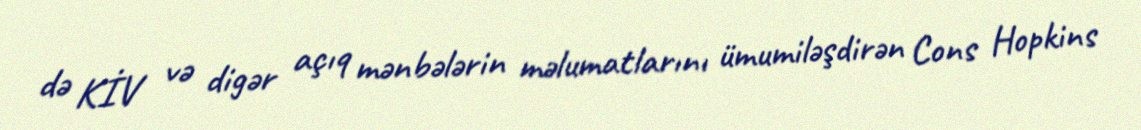
də KİV və digər açıq mənbələrin məlumatlarını ümumiləşdirən Cons Hopkins